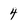
Character: 4